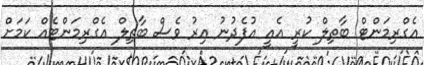
އެގްރިމަންޓް ބާތިލް ކުރީ އެއީ އުފެދުނު އިރު ވެސް ބާތިލް އެގްރިމަންޓެއް ކަމަށް